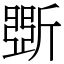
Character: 斲